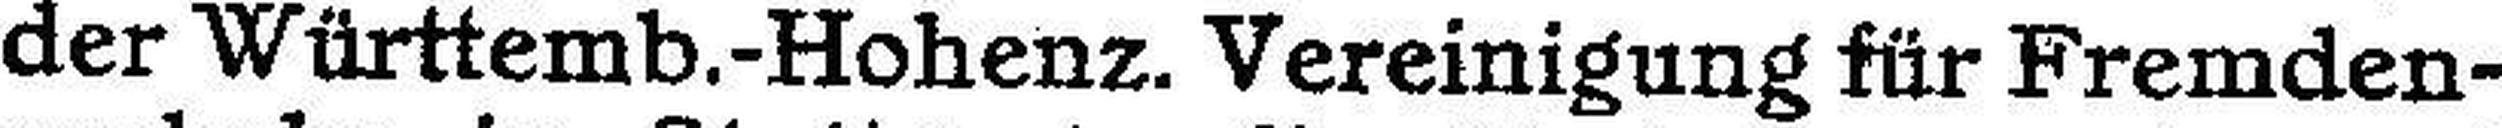
der Württemb.-Hohenz. Vereinigung für Fremden¬